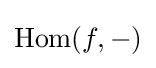
\mathrm {Hom} (f,-)